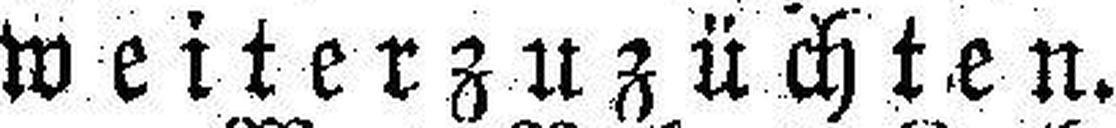
weiterzuzüchten.